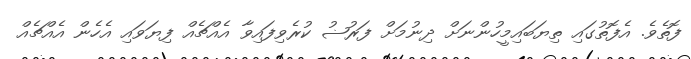
ފޮތެވެ. އެފޮތުގައި ތިޔަބައިމީހުންނަށް ދިނުމަށް ފަރުޟު ކުރެވިފައިވާ އެއްޗެއް ފިޔަވައި އެހެން އެއްޗެއް